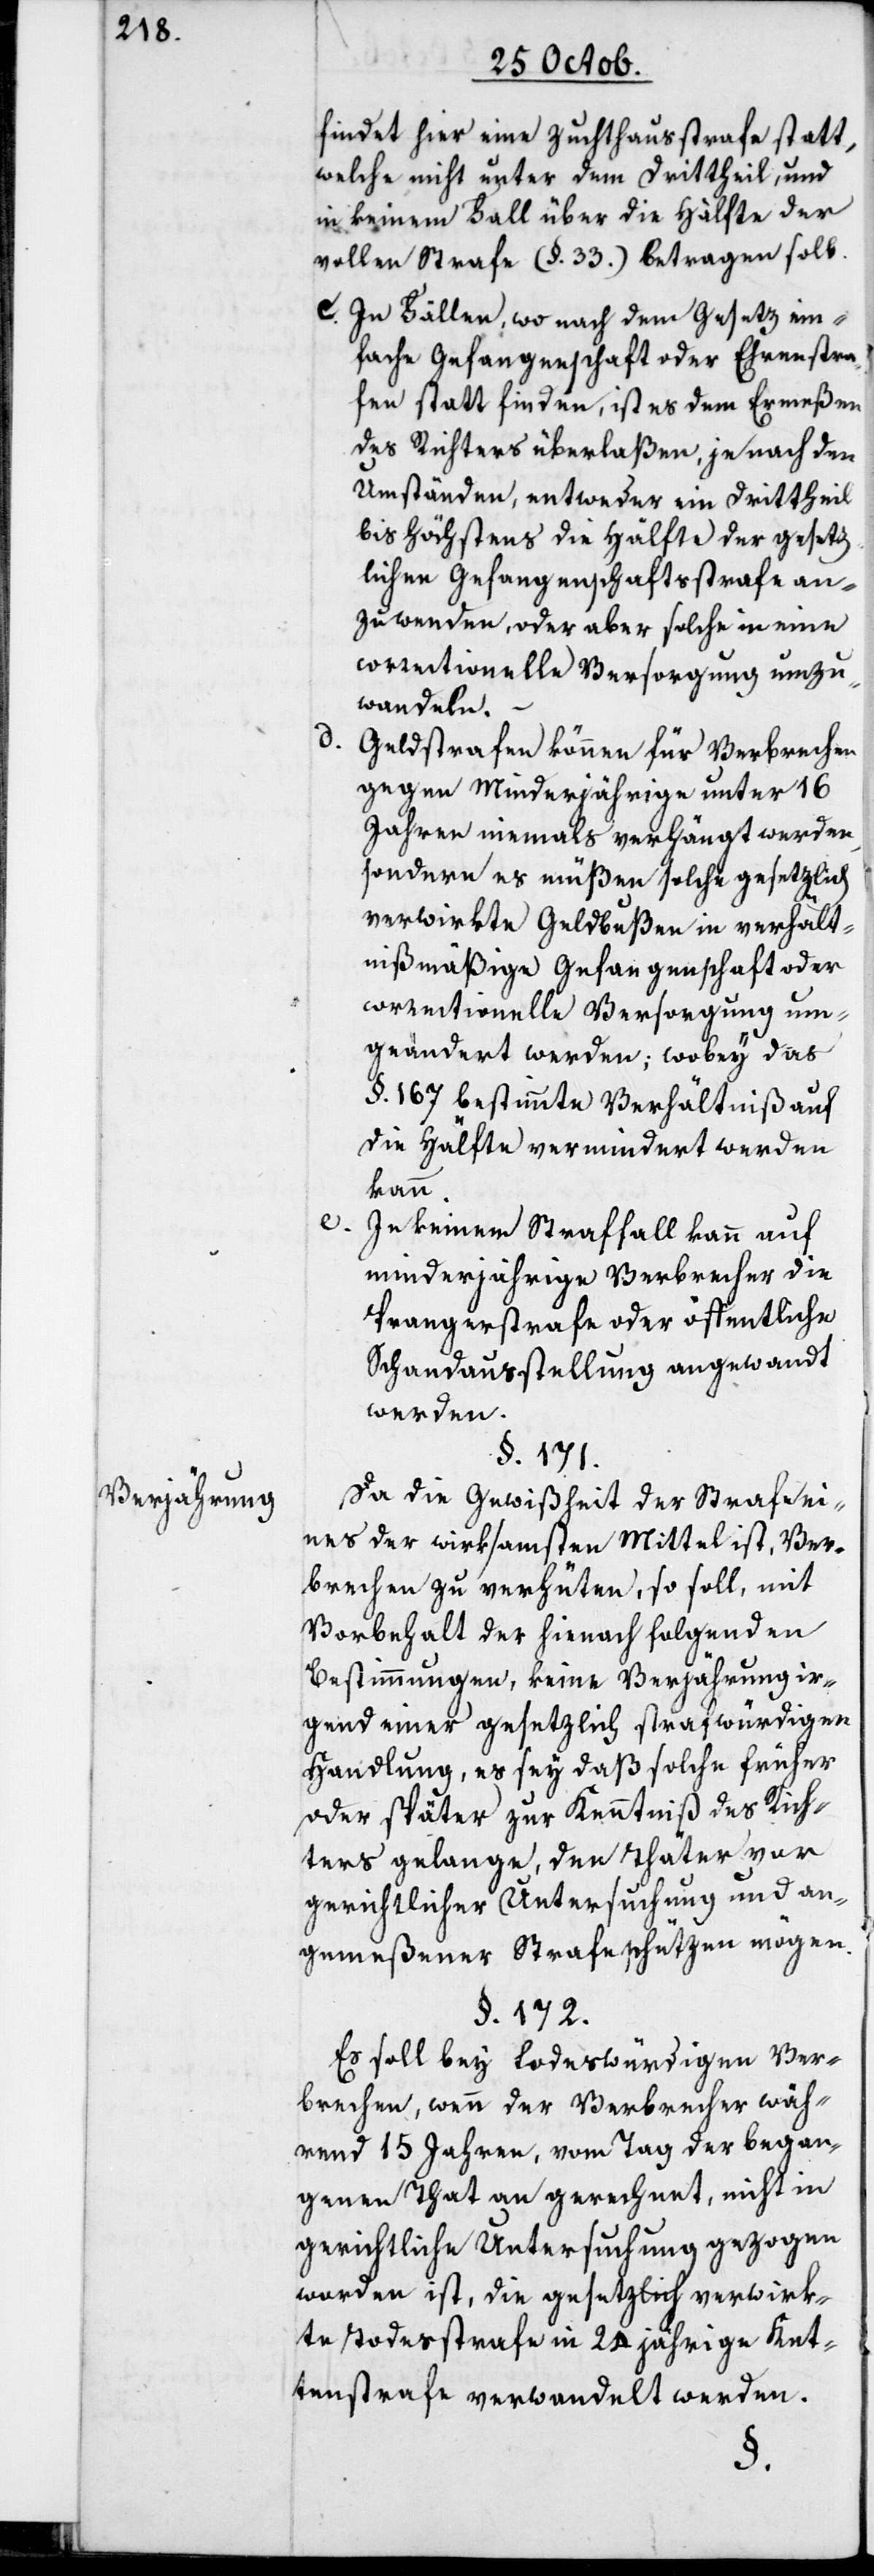
Verjährung.

d.

findet hier eine Zuchthausstrafe statt,
welche nicht unter dem Drittheil und
in keinem Fall über die Hälfte der
vollen Strafe (§. 33) betragen soll.
c. In Fällen, wo nach dem Gesetz ein¬
fache Gefangenschaft oder Ehrenstra¬
fen statt finden, ist es dem Ermeßen
des Richters überlaßen, je nach den
Umständen, entweder ein Drittheil
bis höchstens die Hälfte der gesetz¬
lichen Gefangenschaftsstrafe an¬
zuwenden, oder aber solche in eine
correctionelle Versorgung umzu¬
wandeln.
Geldstrafen können für Verbrechen
gegen Minderjährige unter 16
Jahren niemals verhängt werden,
sondern es müßen solche gesetzlich
verwirkte Geldbußen in verhält¬
nißmäßige Gefangenschaft oder
correctionelle Versorgung um¬
geändert werden; wobey das
§. 167. bestimmte Verhältniß auf
die Hälfte vermindert werden
kann.
e.
In keinem Straffall kann auf
minderjährige Verbrecher die
Prangerstrafe oder öffentliche
Schandausstellung angewandt
werden.
§. 171.
Da die Gewißheit der Strafe ei¬
nes der wirksamsten Mittel ist, Ver¬
brechen zu verhüten, so soll mit
Vorbehalt der hienach folgenden
Bestimmungen, keine Verjährung ir¬
gend einer gesetzlich strafwürdigen
Handlung, es sey daß solche früher
oder später zur Kenntniß des Rich¬
ters gelange, den Thäter per
gerichtlicher Untersuchung und an¬
gemeßener Strafe schützen mögen.
§. 172.
Es soll bey todeswürdigen Ver¬
brechen, wenn der Verbrecher wäh¬
rend 15 Jahren, vom Tag der began¬
genen That an gerechnet, nicht in
gerichtliche Untersuchung gezogen
worden ist, die gesetzlich verwirk¬
te Todesstrafe in 24 jährige Ket¬
tenstrafe verwandelt werden.